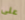
على